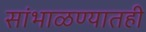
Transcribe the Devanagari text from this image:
सांभाळण्यातही